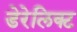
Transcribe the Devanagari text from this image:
डेरेलिक्ट